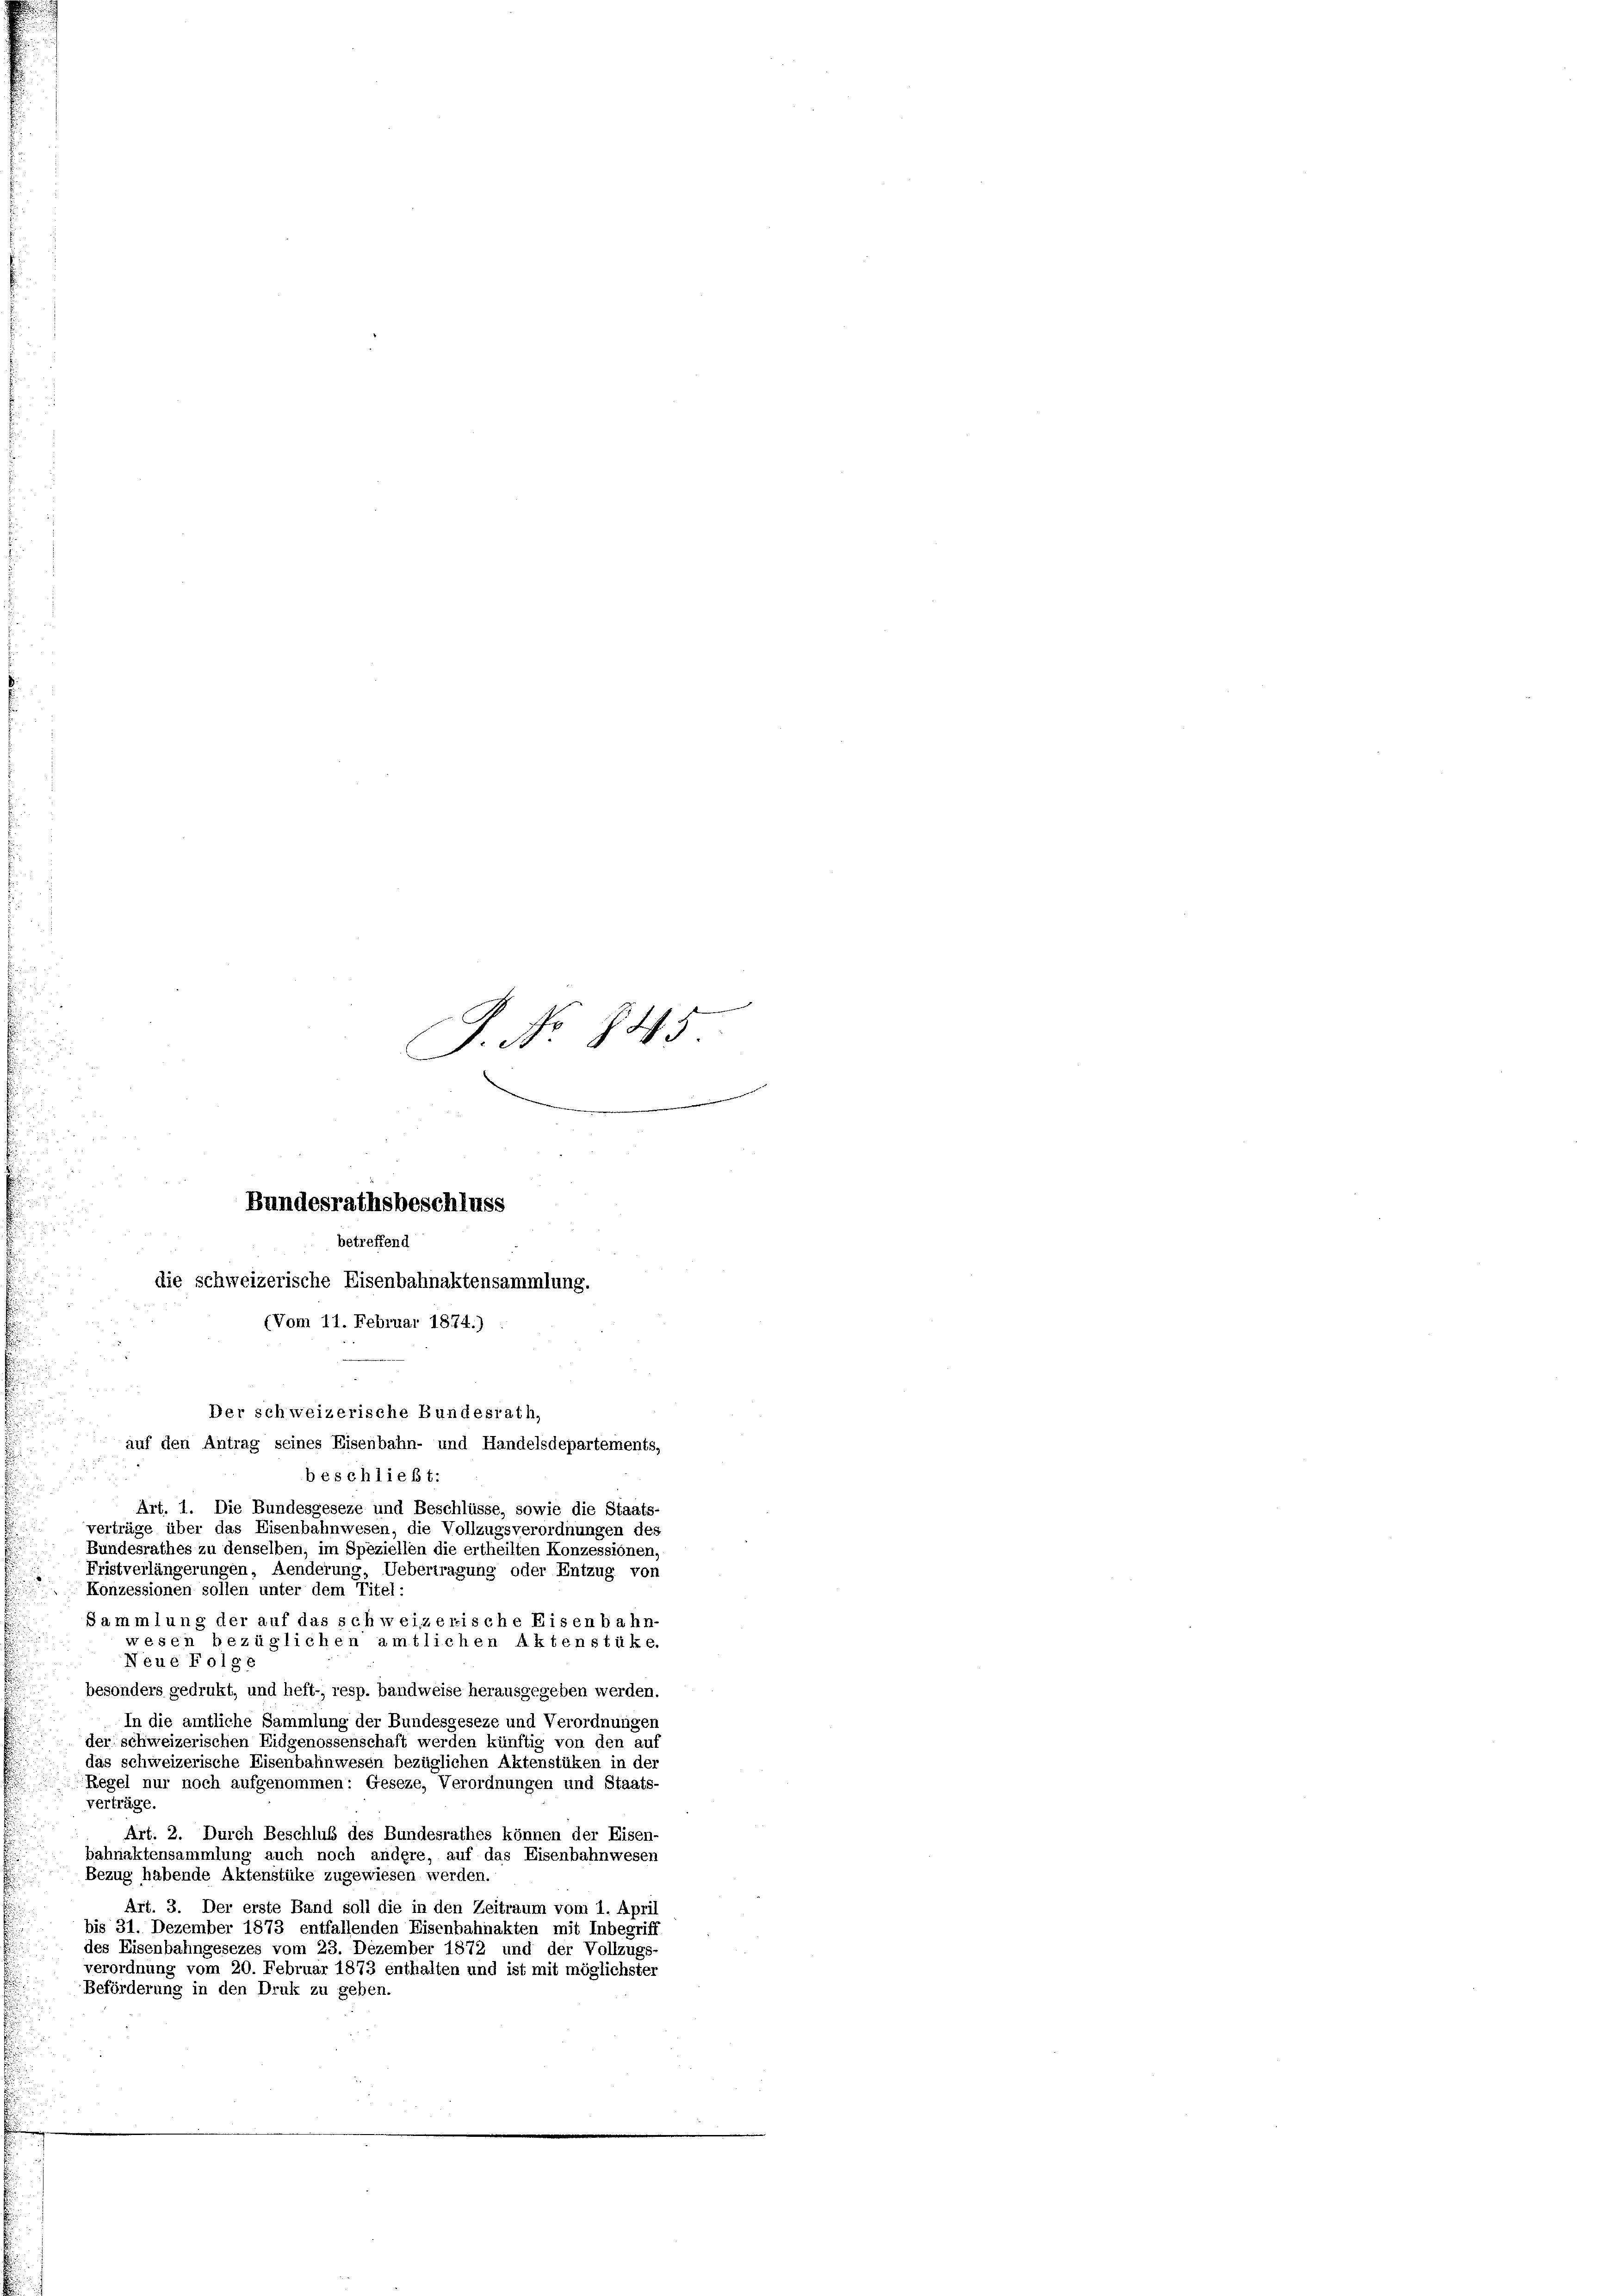
C
P. Nr. 845
ein
betreffend
die schweizerische Eisenbahnaktensammlung.
(Vom 11. Februar 1874.)
Der schweizerische Bundesrath,
auf den Antrag seines Eisenbahn- und Handelsdepartements,
beschließt:
Art. 1. Die Bundesgeseze und Beschlüsse, sowie die Staats-
verträge über das Eisenbahnwesen, die Vollzugsverordnungen des
Bundesrathes zu denselben, im Speziellen die ertheilten Konzessionen,
Fristverlängerungen, Aenderung, Uebertragung oder Entzug von

Bundesrathsbeschluss

Konzessionen sollen unter dem Titel:
Sammlung der auf das schweizerische Eisenbahn-
wesen bezüglichen amtlichen Aktenstüke
Neue Folge
besonders gedrukt, und heft-, resp. bandweise herausgegeben werden.
In die amtliche Sammlung der Bundesgeseze und Verordnunger
der schweizerischen Eidgenossenschaft werden künftig von den auf
das schweizerische Eisenbahnwesen bezüglichen Aktenstüken in der
Regel nur noch aufgenommen: Geseze, Verordnungen und Staats-
verträge
Art. 2. Durch Beschluß des Bundesrathes können der Eisen-
bahnaktensammlung auch noch andere, auf das Eisenbahnwesen
Bezug habende Aktenstüke zugewiesen werden.
Art. 3. Der erste Band soll die in den Zeitraum vom 1. April
bis 31. Dezember 1873 entfallenden Eisenbahnakten mit Inbegriff
des Eisenbahngesezes vom 23. Dezember 1872 und der Vollzugs-
verordnung vom 20. Februar 1873 enthalten und ist mit möglichster
Beförderung in den Druk zu geben.